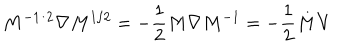
M ^ { - 1 / 2 } { \bf \nabla } M ^ { 1 / 2 } = - { \frac { 1 } { 2 } } M { \bf \nabla } M ^ { - 1 } = - { \frac { 1 } { 2 } } M { \bf V }